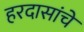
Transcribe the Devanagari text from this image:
हरदासांचे